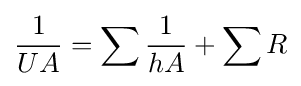
{\frac {1}{UA}}=\sum {\frac {1}{hA}}+\sum R